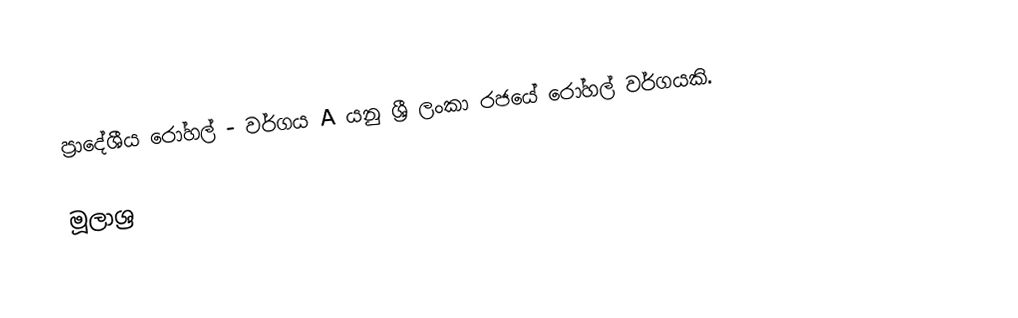
ප්‍රාදේශීය රෝහල් - වර්ගය A යනු ශ්‍රී ලංකා රජයේ රෝහල් වර්ගයකි.

මූලාශ්‍ර